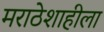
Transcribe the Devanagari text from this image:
मराठेशाहीला